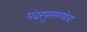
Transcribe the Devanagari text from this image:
पंढरपूरमध्येच